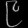
Digit: ၉